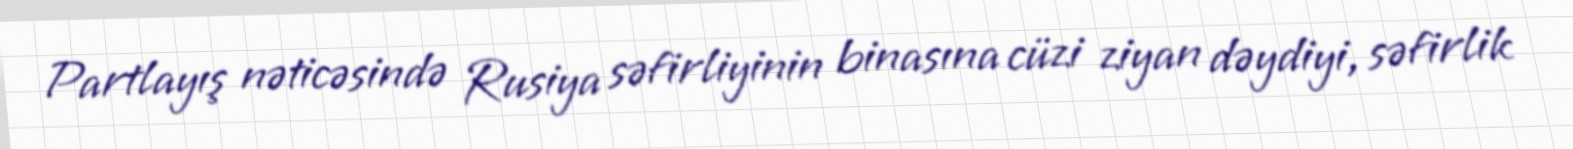
Partlayış nəticəsində Rusiya səfirliyinin binasına cüzi ziyan dəydiyi, səfirlik